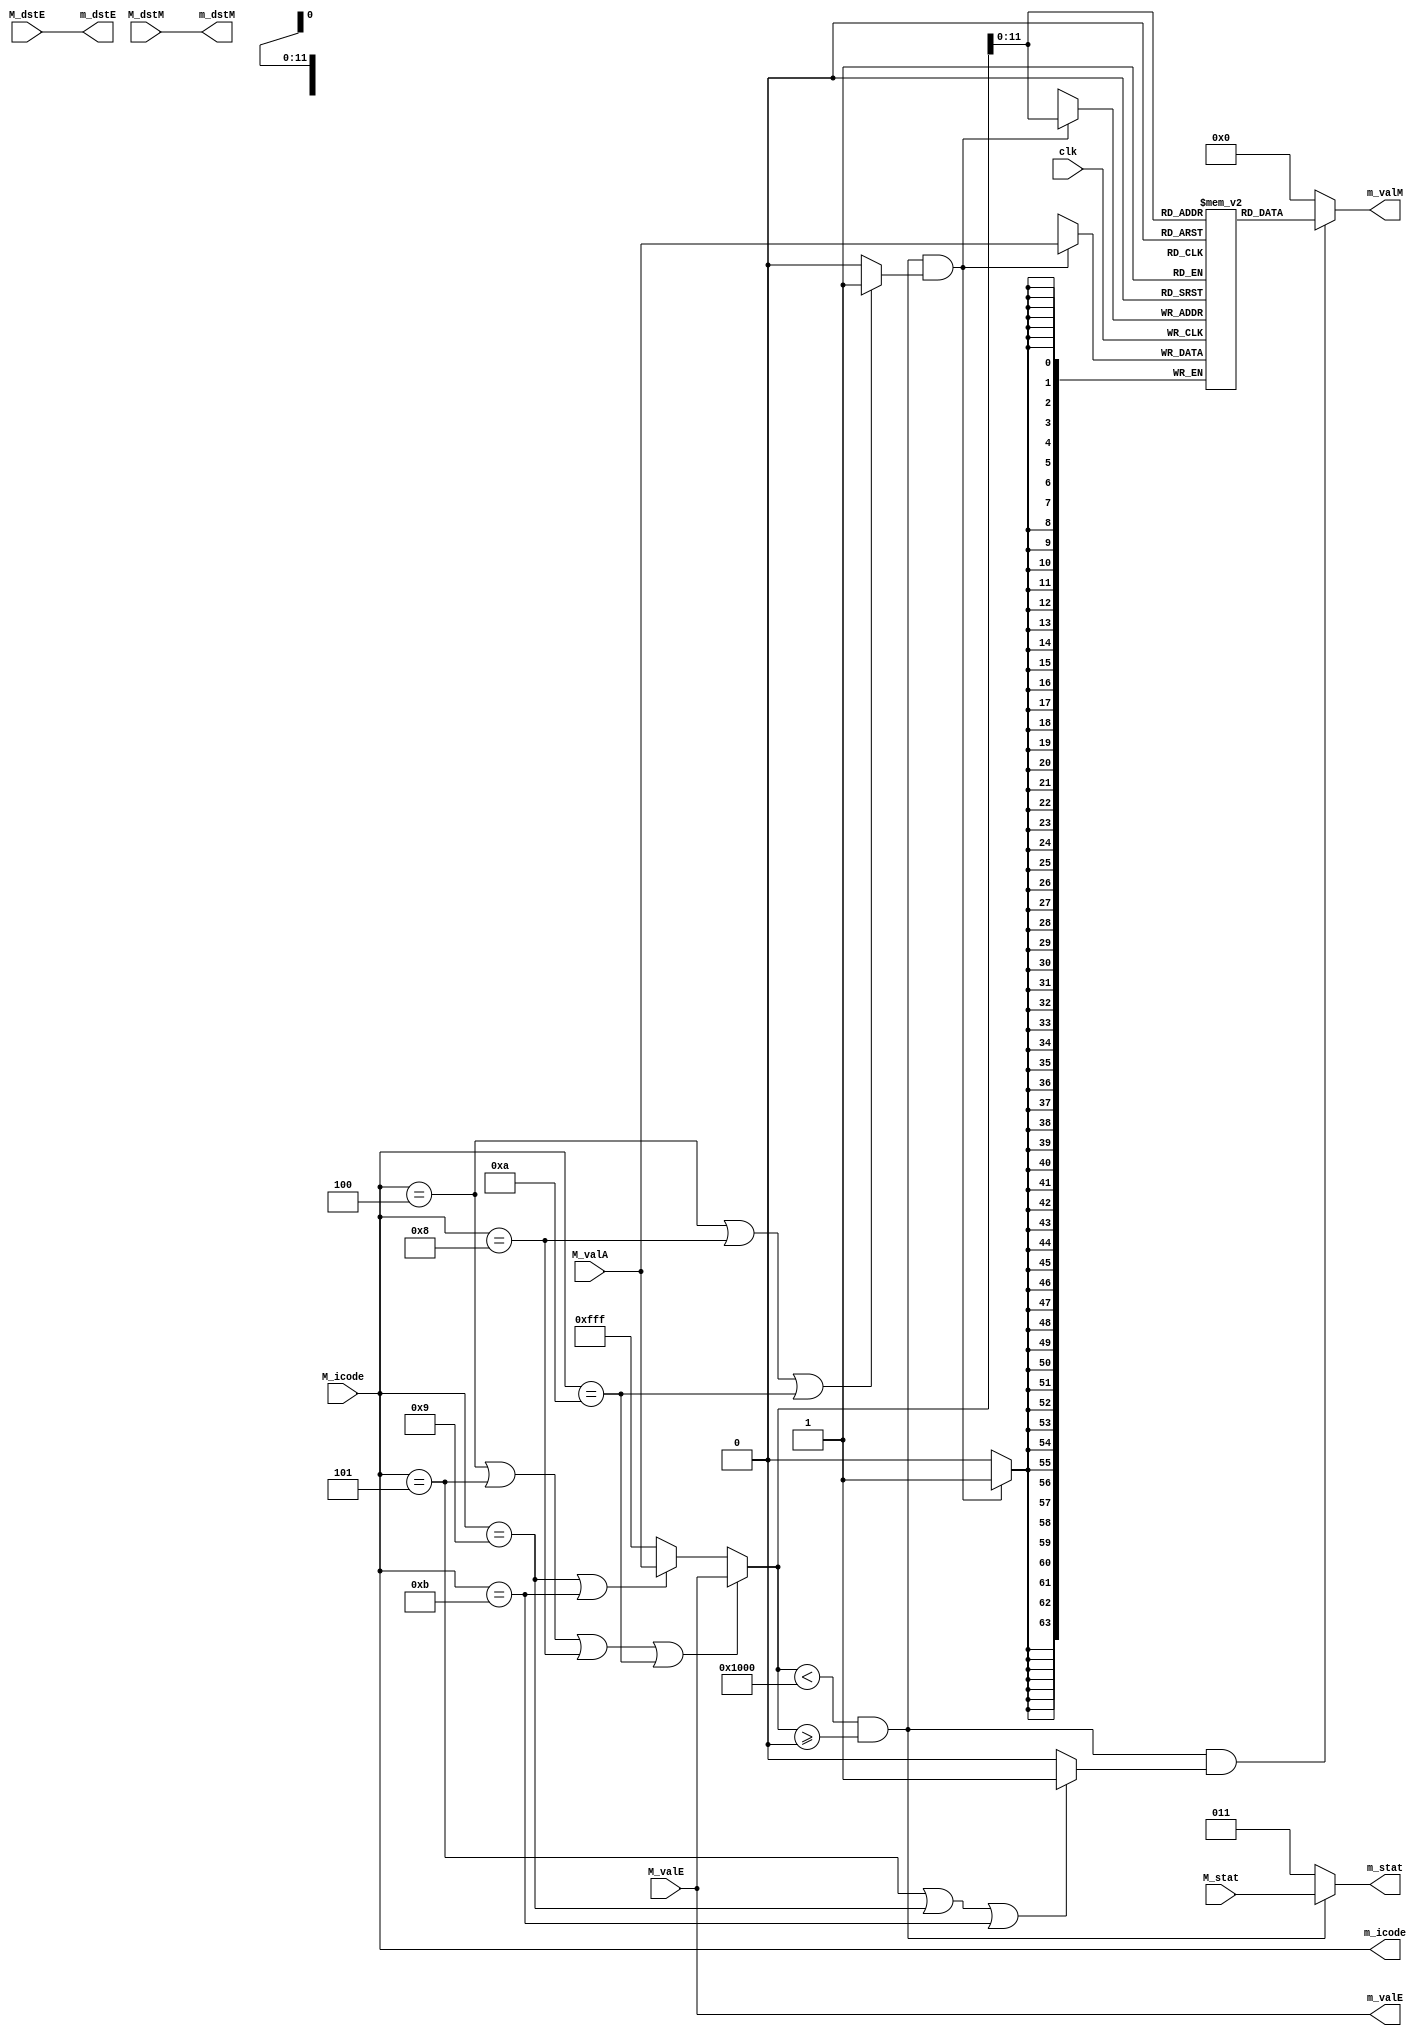
module memory(
    input clk,

    // Inputs
    input [2:0] M_stat,
    input [3:0] M_icode,
    input [63:0] M_valE,
    input [63:0] M_valA,
    input [3:0] M_dstE,
    input [3:0] M_dstM,

    // Outputs
    output reg[2:0] m_stat,
    output reg[3:0] m_icode,
    output reg[63:0] m_valE,
    output reg[63:0] m_valM,
    output reg[3:0] m_dstE,
    output reg[3:0] m_dstM
);

    // Initiating data memory
    reg [63:0] Data_Mem[0:4095];
    integer i;

    initial begin
        for (i = 0; i < 4096; i = i+1) begin
            Data_Mem[i] <= 0;
        end

        $dumpvars(0, Data_Mem[0], Data_Mem[1], Data_Mem[2], Data_Mem[3], Data_Mem[4], Data_Mem[5], Data_Mem[6], Data_Mem[7], Data_Mem[8]);
    end

    // Setting up direct transfer wires
    always @(*) begin
    
        m_icode <= M_icode;
        m_valE <= M_valE;
        m_dstE <= M_dstE;
        m_dstM <= M_dstM;
    end

    // Mem_write block
    reg Mem_write;

    always @(*) begin

        if (m_icode == 4 || m_icode == 8 || m_icode == 10) begin

            Mem_write <= 1;
        end
        else begin

            Mem_write <= 0;
        end
    end

    // Mem_read block
    reg Mem_read;

    always @(*) begin

        if (m_icode == 5 || m_icode == 9 || m_icode == 11) begin

            Mem_read <= 1;
        end
        else begin

            Mem_read <= 0;
        end
    end

    // Selecting Address
    reg [63:0] m_addr;

    always @(*) begin

        if (m_icode == 4 || m_icode == 5 || m_icode == 8 || m_icode == 10) begin

            m_addr <= m_valE;
        end
        else if (m_icode == 9 || m_icode == 11) begin

            m_addr <= M_valA;
        end
        else begin

            m_addr <= 4095; 
        end
    end

    // Checking memory error
    reg dmem_error;

    always @(*) begin

        if (m_addr < 4096 && m_addr >= 0) begin

            dmem_error <= 0;
        end
        else begin

            dmem_error <= 1;
        end
    end

    // Assigning data_in
    wire [63:0] m_data_in;

    assign m_data_in = M_valA;

    // Writing back to data memory at positive clock edge
    always @(posedge clk) begin

        if (dmem_error == 0 && Mem_write == 1) begin
            Data_Mem[m_addr] <= m_data_in;
        end
    end

    // Reading from data memory
    always @(*) begin

        if (dmem_error == 0 && Mem_read == 1) begin

            m_valM <= Data_Mem[m_addr];
        end
        else begin

            m_valM <= 0;
        end
    end

    // Setting up m_stat
    always @(*) begin
        
        if (dmem_error == 1) begin

            m_stat <= 3;
        end 
        else begin

            m_stat <= M_stat;
        end
    end

endmodule